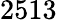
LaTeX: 2513